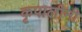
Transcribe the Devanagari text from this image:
कृपालीनी